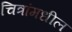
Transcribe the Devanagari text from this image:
चित्रांमधील